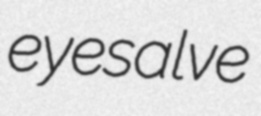
eyesalve